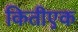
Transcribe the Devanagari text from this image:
कितीएक